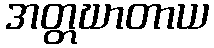
အတ္တဃာတာယ